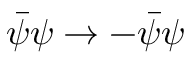
\bar { \psi } \psi \to - \bar { \psi } \psi